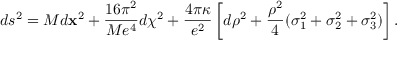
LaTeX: d s ^ { 2 } = M d { \bf x } ^ { 2 } + { \frac { 1 6 \pi ^ { 2 } } { M e ^ { 4 } } } d \chi ^ { 2 } + \frac { 4 \pi \kappa } { e ^ { 2 } } \left[ d \rho ^ { 2 } + { \frac { \rho ^ { 2 } } { 4 } } ( \sigma _ { 1 } ^ { 2 } + \sigma _ { 2 } ^ { 2 } + \sigma _ { 3 } ^ { 2 } ) \right] .